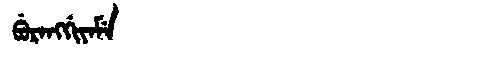
Manchu: ᠪᡠᡵᠠᠩᡤᡳᠶᠠᠮᡝ
Romanization: BURANGGIYAME